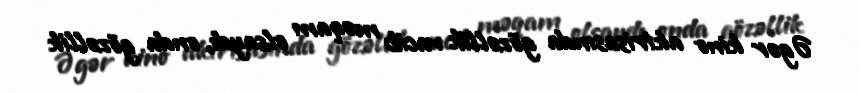
Əgər kino aktrisasında gözəllik vacib məqam olsaydı, onda gözəllik